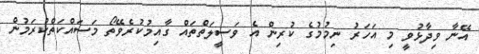
އޭނާ ވިދާޅުވީ މި އަހަރު ނިމުމުގެ ކުރިން އެ ވަސީލަތްތައް ގާއިމުކުރެވޭތޯ މަސައްކަތްކުރަމުން